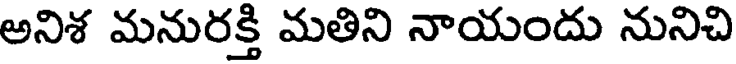
అనిశ మనురక్తి మతిని నాయందు నునిచి